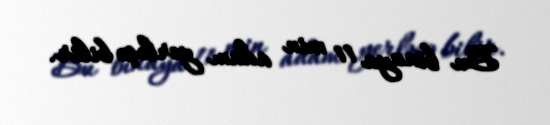
Bu binaya 11 min adam yerləşə bilir.